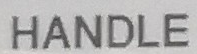
HANDLE